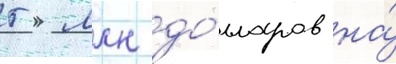
5 млн до́лларов на́